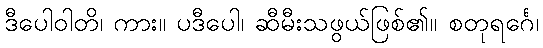
ဒီပေါဝါတိ၊ ကား။ ပဒီပေါ၊ ဆီမီးသဖွယ်ဖြစ်၏။ စတုရင်္ဂေ၊